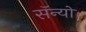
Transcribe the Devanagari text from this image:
सॅन्यो